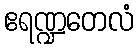
ဧရဏ္ဍတေလံ